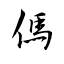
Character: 傌